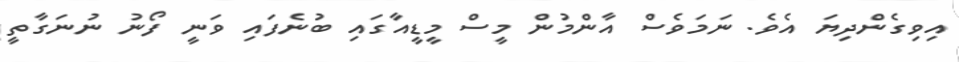
އިވިގެންދިޔަ އެވެ. ނަމަވެސް އާންމުން މީސް މީޑީއާގައި ބުނެފައި ވަނީ ފޯނު ނުނަގާތީ